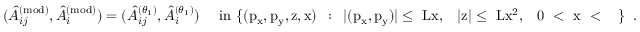
( \hat { A } _ { i j } ^ { ( \mathrm { m o d ) } } , \hat { A } _ { i } ^ { ( \mathrm { m o d ) } } ) = ( \hat { A } _ { i j } ^ { ( \theta _ { 1 } ) } , \hat { A } _ { i } ^ { ( \theta _ { 1 } ) } ) \quad \, \, \mathrm { i n ~ \{ ( p _ x , p _ y , z , x ) ~ \, : \, ~ | ( p _ x , p _ y ) | \leq ~ L x , ~ \, ~ | z | \leq ~ L x ^ 2 , ~ \, ~ 0 ~ < ~ x ~ < ~ \varepsilon ~ \} ~ } \, .